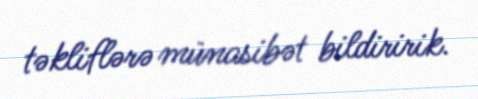
təkliflərə münasibət bildiririk.